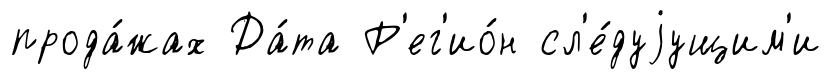
прода́жах Да́та Р'ег'ио́н сл'е́дуjущим'и